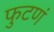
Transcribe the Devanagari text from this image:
फुटणं